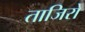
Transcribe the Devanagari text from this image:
ताजिरों